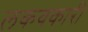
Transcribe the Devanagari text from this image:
लकवकारी